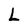
Character: L